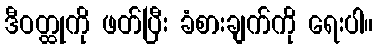
ဒီဝတ္ထုကို ဖတ်ပြီး ခံစားချက်ကို ရေးပါ။